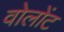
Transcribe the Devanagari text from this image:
वोलोंट